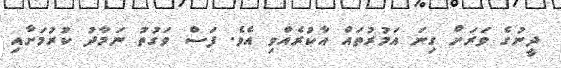
ދީނުގެ ވަރަށް ގިނަ އަމުރުތައް އާކުރެއްވި އެވެ. ފަސް ވަގުތު ނަމާދު ކުރުމަށާއި